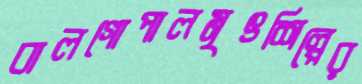
বালগোপালমৃৎশিল্পের